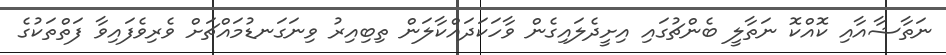
ނަތާޝާއާއި ކޮއްކޮ ނަތާލީ ބެންޗުގައި އިށީދެލައިގެން ވާހަކަދައްކާލަން ތިބިއިރު ވިނަގަނޑުމައްޗަށް ވެރިވެފައިވާ ފަތްތަކުގެ